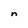
Character: n